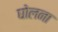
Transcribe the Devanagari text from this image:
घोलना